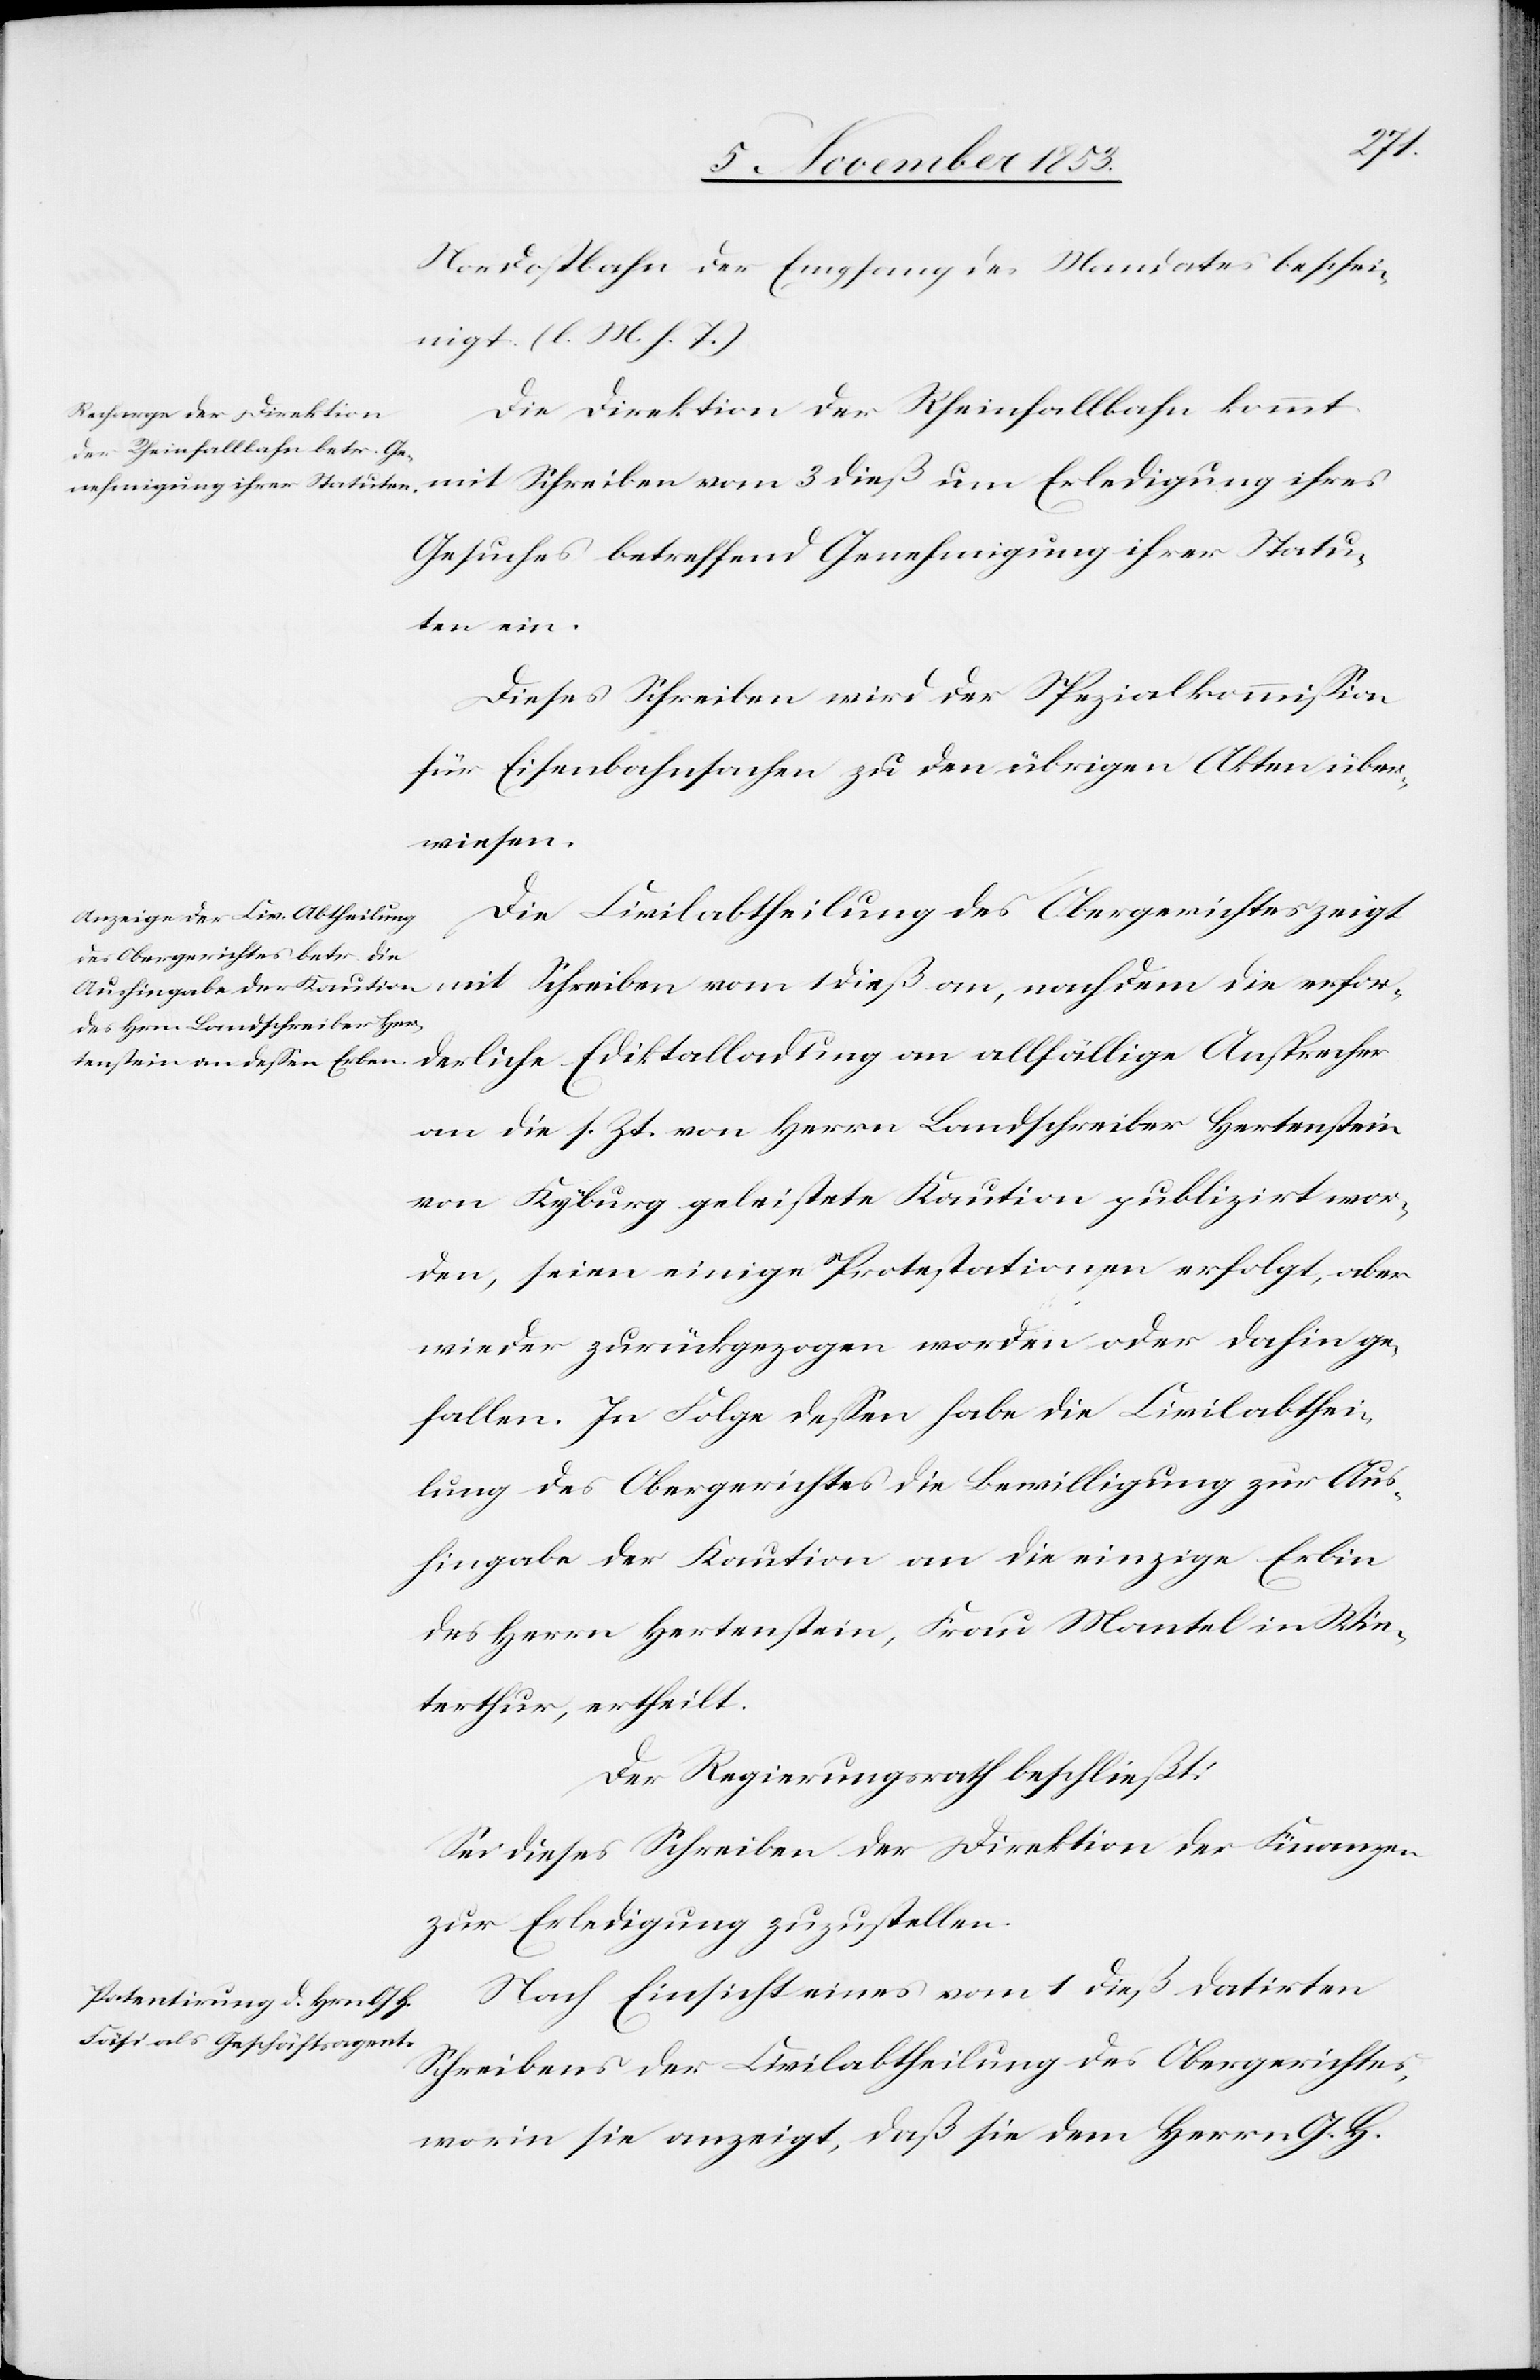
die
Nordostbahn der Empfang des Mandates beschei¬
nigt. [l. M. h. T]
Die Direktion der Rheinfallbahn kommt
mit Schreiben vom 3 dieß um Erledigung ihres
Gesuches betreffend Genehmigung ihrer Statu¬
ten ein.
Dieses Schreiben wird der Spezialkommißion
für Eisenbahnsachen zu den übrigen Akten über¬
wiesen.
Die Civilabtheilung des Obergerichtes zeigt
an die s. Zt. von Herrn Landschreiber Herstenstein
von Kyburg geleistete Protestationen erfolgt, aber
wieder zurückgezogen worden oder dahin ge¬
fallen. In Folge deßen habe die Civilabthei¬
lung des Obergerichtes die Bewilligung zur Aus¬
hingabe der Kaution an die einzige Erbin
des Herrn Hertenstein, Frau Mantel in Win¬
terthur, ertheilt.
Der Regierungsrath beschließt:
Sei dieses Schreiben der Direktion der Finanzen
zur Erledigung zuzustellen.
Nach Einsicht eines vom 1 dieß datirten
Schreibens der Civilabtheilung des Obergerichtes
worin sie anzeigt, daß sie dem Herrn G. H.